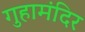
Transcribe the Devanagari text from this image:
गुहामंदिर